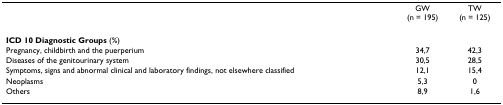
<table><thead><tr><td></td><td><b>GW(n = 195)</b></td><td><b>TW(n = 125)</b></td></tr></thead><tbody><tr><td><b>ICD 10 Diagnostic Groups </b>(%)</td><td></td><td></td></tr><tr><td>Pregnancy, childbirth and the puerperium</td><td>34,7</td><td>42,3</td></tr><tr><td>Diseases of the genitourinary system</td><td>30,5</td><td>28,5</td></tr><tr><td>Symptoms, signs and abnormal clinical and laboratory findings, not elsewhere classified</td><td>12,1</td><td>15,4</td></tr><tr><td>Neoplasms</td><td>5,3</td><td>0</td></tr><tr><td>Others</td><td>8,9</td><td>1,6</td></tr></tbody></table>